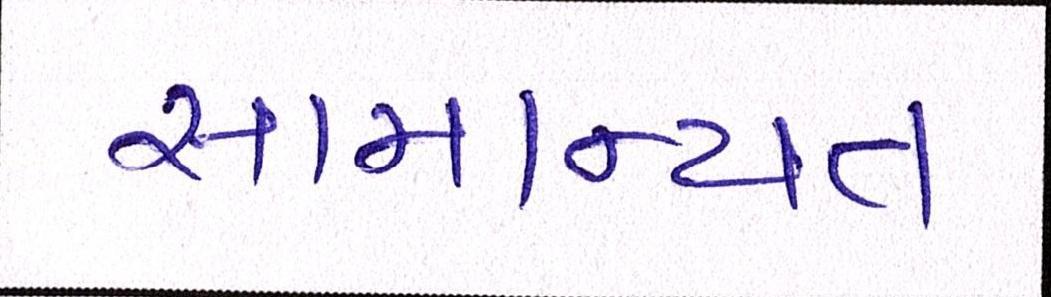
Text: સામાન્યતઃ